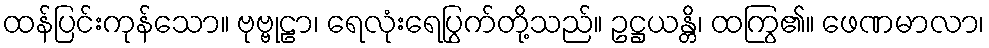
ထန်ပြင်းကုန်သော။ ဗုဗ္ဗုဠာ၊ ရေလုံးရေပြွက်တို့သည်။ ဥဋ္ဌယန္တိ၊ ထကြွ၏။ ဖေဏမာလာ၊